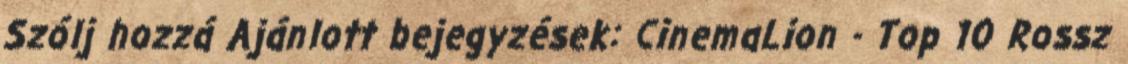
Szólj hozzá Ajánlott bejegyzések: CinemaLion - Top 10 Rossz